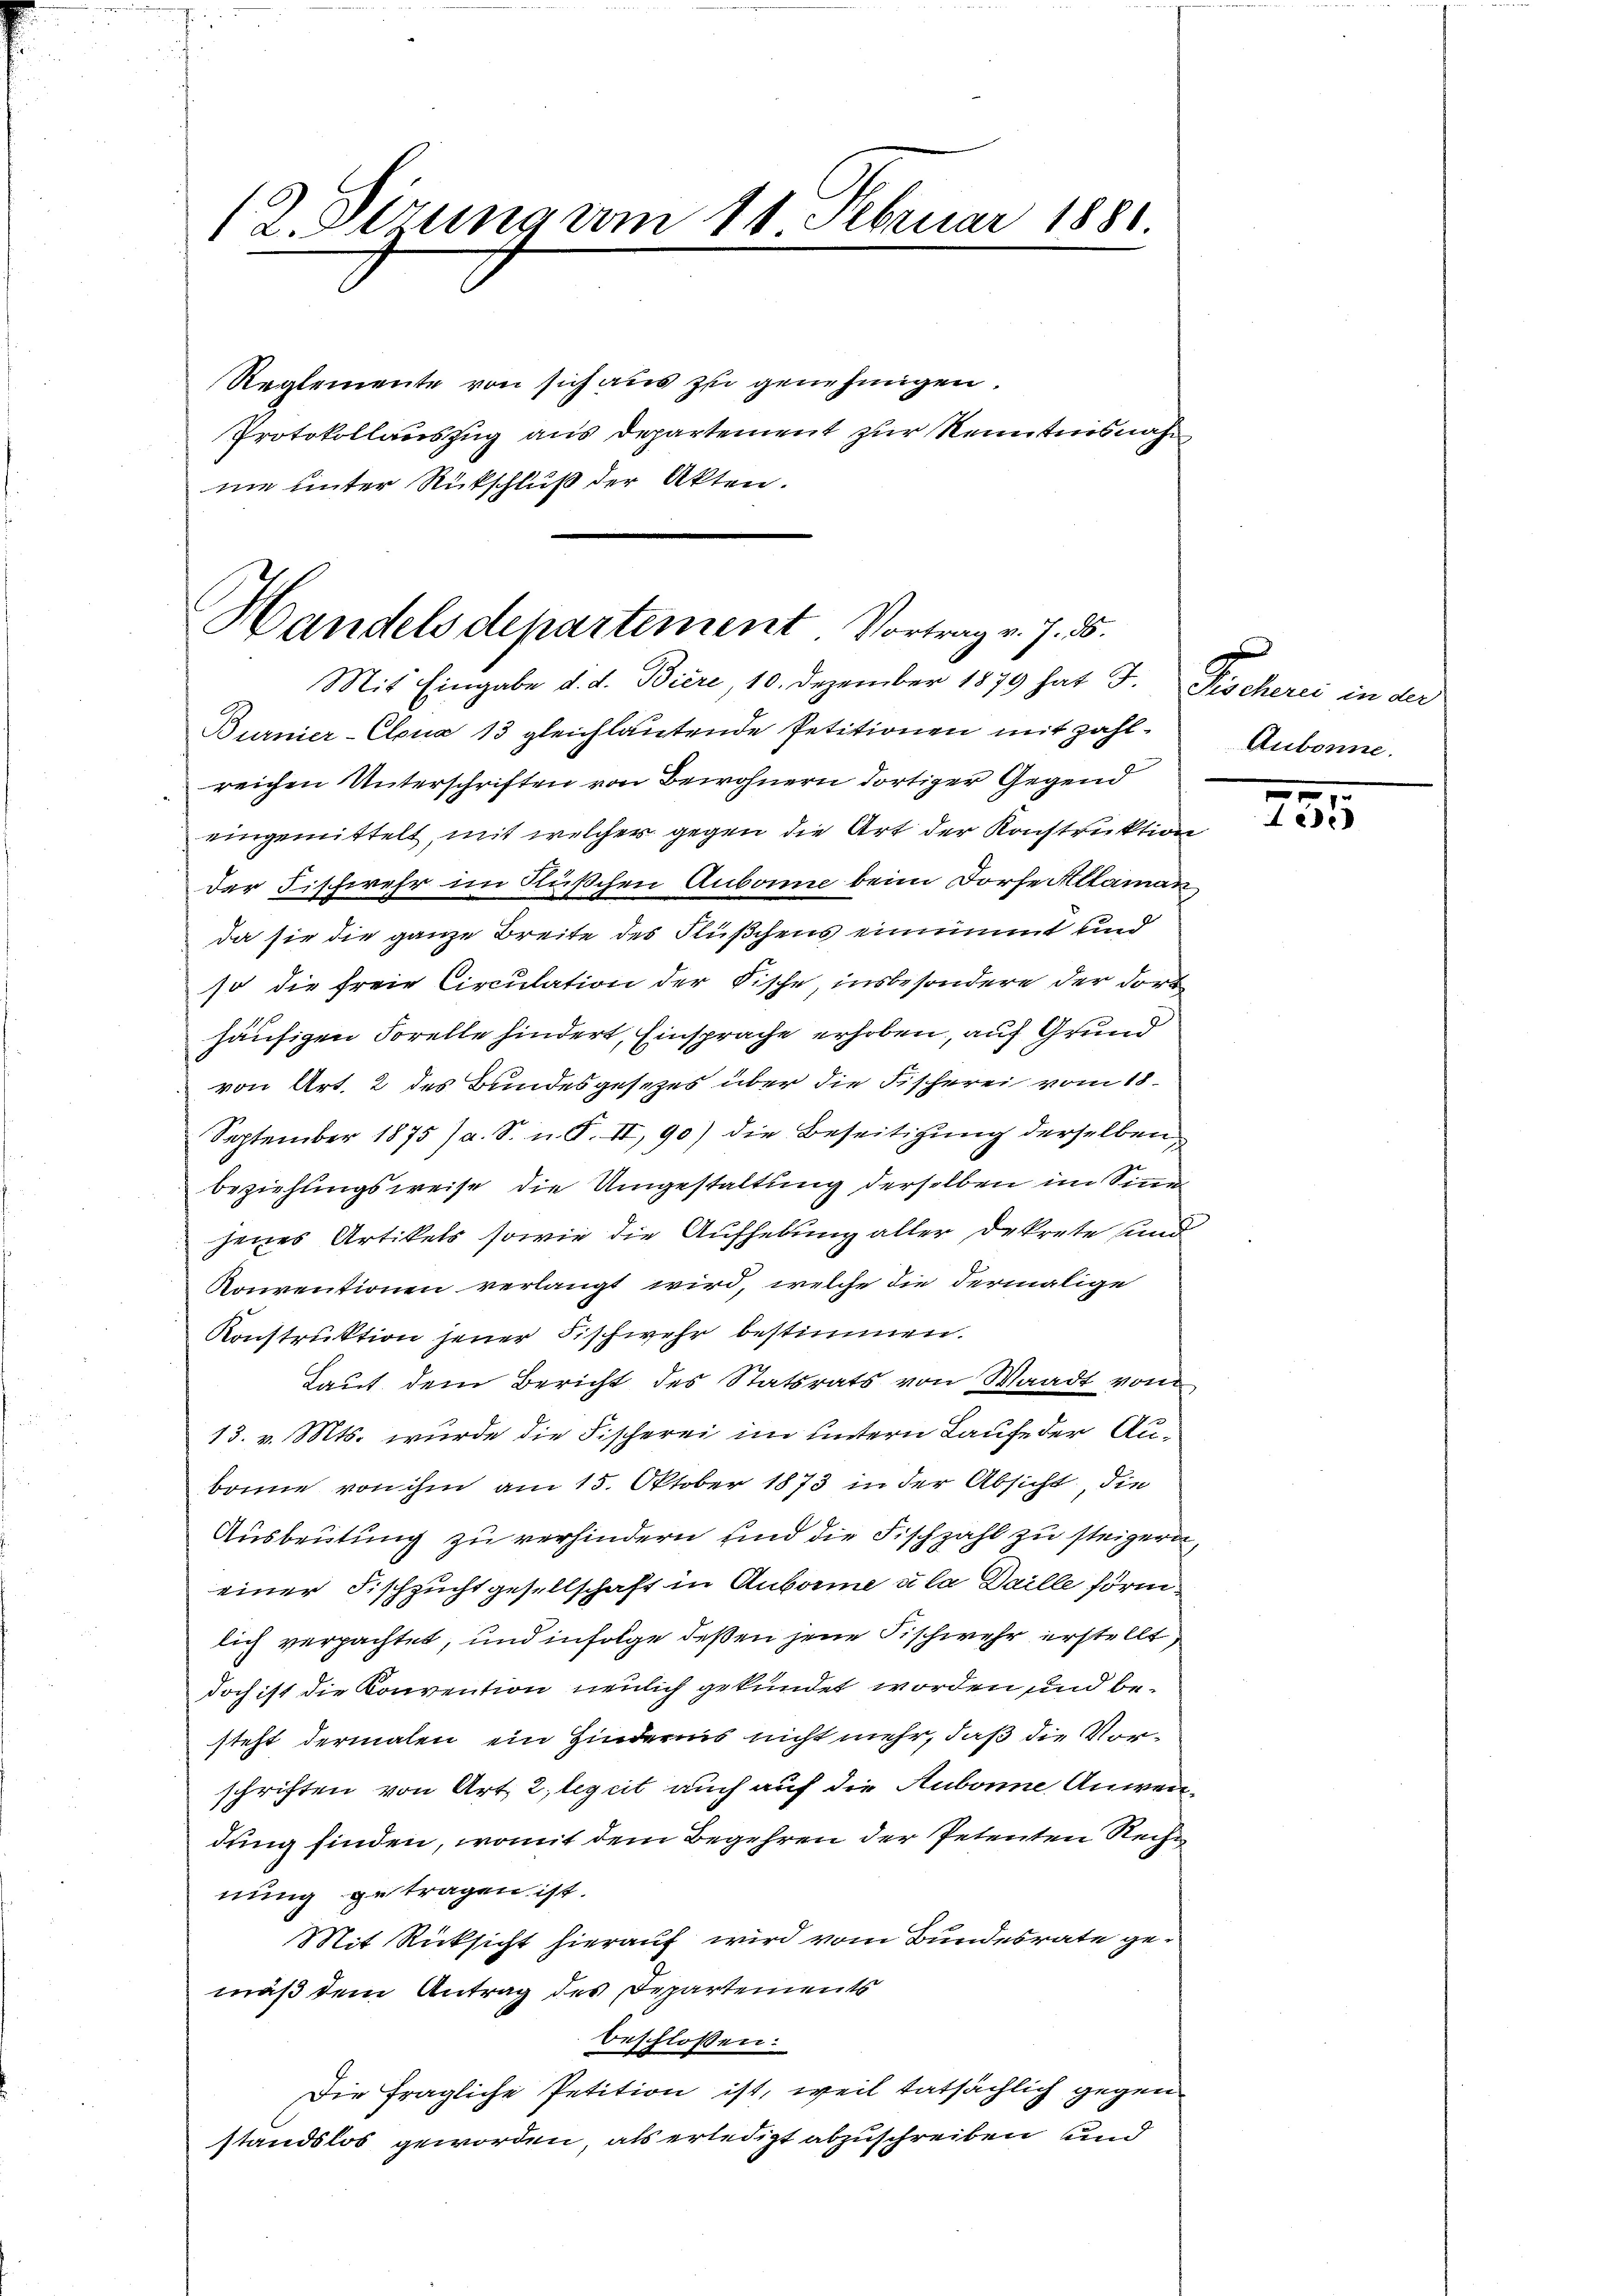
(2. Sitzung am 11 Februar 1881

Reglemente von sich aus zu genehmigen.
Protokollauszug aus Departement zur Kenntnisnahne unter Rückschluß der Akten.

Handels departement Vortrag v. 7. 55.
Mit Eingabe d. d. Biere 10. Dezember 1879 hat J.

Burnier-Clona 13 gleichlautende Petitionen mit zahlreichen Unterschriften von Bewohnern dortiger Gegend
eingemittelt, mit welcher gegen die Art der Konstruktion
der Fischwehr im Rüschen Aubonne beim Dorfe Altaman
da sie die ganze Breite des Flußchens einnimmt und
so die freie Circulation der Fische, insbesondere der dort
häufigen Sorelle hindert, Einsprache erhoben, auf Grund
von Art. 2 des Bundesgesetzes über die Fischerei vom 18.
September 1875 / a. S. n. F. II, 90) die Beseitigung derselben
beziehungsweise die Umgestaltung derselben im Sinne
jenes Artikels sowie die Aufhebung aller Dekrete und
Konventionen verlangt wird, welche die dermalige
Konstruktion jener Fischwehr bestimmen.
Laut dem Bericht des Statsrats von Waadt vom
13. v. Mts. wurde die Fischerei im untern Laufe der Aubonne von ihm am 15. Oktober 1873 in der Absicht, die
Ausbeutung zu verhindern sind die Fischzahl zu steigern,
einer Fischzucht gesellschaft in Auborme ula Daille förm
lich verpachtet, und infolge deßen jene Fischwehr erstellt
doch ist die Konvention neulich gekündet worden und besteht dermalen ein Hindernis nicht mehr, daß die Vorschriften von Art. 2, legeit auch auf die Aubonne Anwendung finden, womit dem Begehren der Petenten Rechn
nung getragen ist.
Mit Rücksicht hierauf wird vom Bundesrate gemäß dem Antrag des Departements
beschlossen:
Die fragliche Petition ist, weil tatsächlich gegen
standslos geworden, als erledigt abzuschreiben und

Faden in der
Aubonne.

x
2